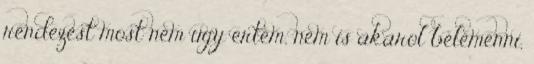
rendezest most nem ugy ertem, nem is akarol belemenni,